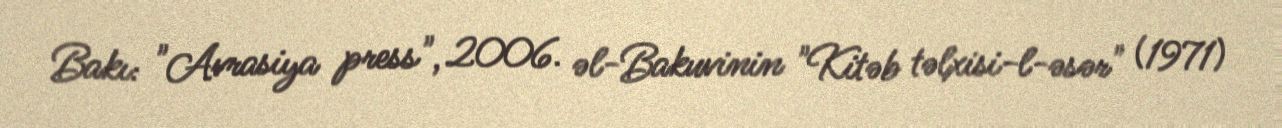
Bakı: "Avrasiya press", 2006. əl-Bakuvinin "Kitəb təlxisi-l-əsər" (1971)